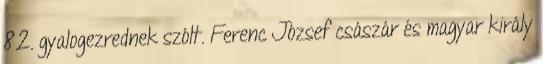
82. gyalogezrednek szólt. Ferenc József császár és magyar király